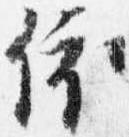
依